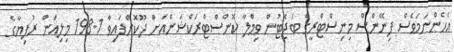
އެހެންނަމަވެސް ފިނޭންސް މިނިސްޓްރީގެ ބަޖެޓުން ވިމްލާ ކޮންސްޓްރަކްޝަންއަށް ދޫކޮށްފައިވާ 198.1 މިލިއަން ރުފިޔާގެ